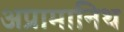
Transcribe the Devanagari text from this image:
अप्रामानिथ